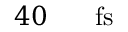
4 0 \ensuremath { \mathrm { ~ \textrm ~ { ~ \, ~ } ~ } } \ensuremath { \mathrm { f s } }